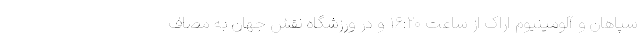
سپاهان و آلومینیوم اراک از ساعت ۱۶:۲۰ و در ورزشگاه نقش جهان به مصاف